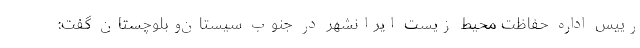
رییس اداره حفاظت محیط زیست ایرانشهر در جنوب سیستان‌وبلوچستان گفت: